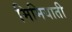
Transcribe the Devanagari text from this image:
मिमियाती